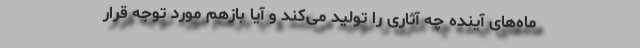
ماه‌های آینده چه آثاری را تولید می‌کند و آیا بازهم مورد توجه قرار